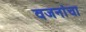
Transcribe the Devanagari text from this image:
वजनांचा